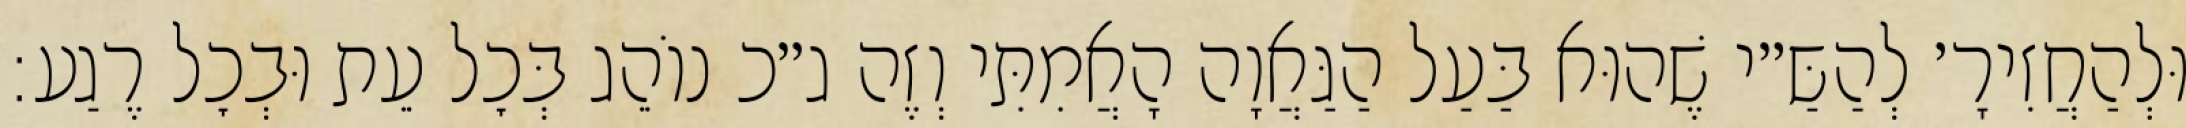
וּלְהַחֲזִירָ׳ לְהַשַּ״י שֶׁהוּא בַּעַל הַגַּאֲוָה הָאֲמִתִּי וְזֶה ג״כ נוֹהֵג בְּכׇל עֵת וּבְכׇל רֶגַע: